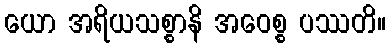
ယော အရိယသစ္စာနိ အဝေစ္စ ပဿတိ။